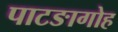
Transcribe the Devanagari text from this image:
पाटङागोह